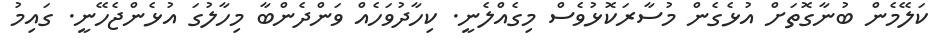
ކަލޭމެން ބުނާގޮތަށް އުޅެގެން މުސާރަކޮޅުވެސް މިގެއްލެނީ. ކިހާދުވަހެއް ވަންދެންބާ މިހާލުގަ އުޅެންޖެހޭނީ. ގައިމު